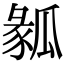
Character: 𤬌